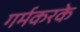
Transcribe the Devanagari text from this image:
गर्मकरके